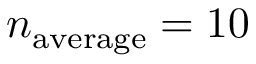
n _ { \mathrm { a v e r a g e } } = 1 0